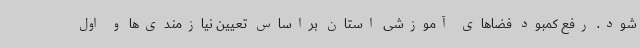
شود. رفع کمبود فضاهای آموزشی استان براساس تعیین نیازمندی‌ها و اول